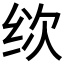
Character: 𰬒